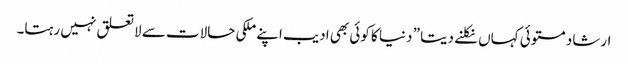
ارشاد مستوئی کہاں نکلنے دیتا ” دنیا کا کوئی بھی ادیب اپنے ملکی حالات سے لا تعلق نہیں رہتا۔